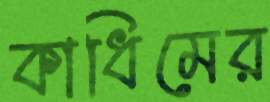
কাধিমের